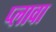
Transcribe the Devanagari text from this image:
प्लावा